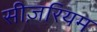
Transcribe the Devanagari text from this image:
सीज़रियम